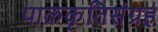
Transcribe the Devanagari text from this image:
पाककृतिसंग्रह